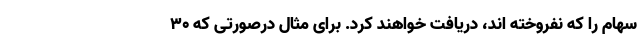
سهام را که نفروخته اند، دریافت خواهند کرد. برای مثال درصورتی که ۳۰